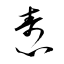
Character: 燾